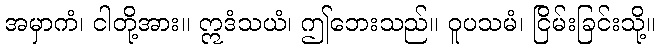
အမှာကံ၊ ငါတို့အား။ ဣဒံသယံ၊ ဤဘေးသည်။ ဝူပသမံ၊ ငြိမ်းခြင်းသို့။